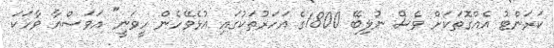
ކަރަންޓު އެއްގޮތަކަށް ވެސް ނުލިބޭ 1800ގެ އަހަރުތަކުގައި އުޅެވޭހެން ހީވަނީ" އަވަސްއާ ވާހަކަ